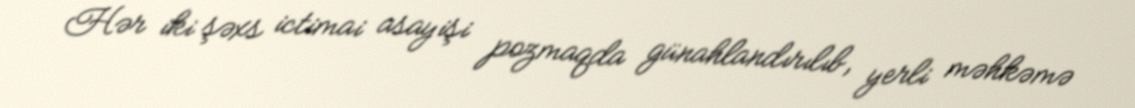
Hər iki şəxs ictimai asayişi pozmaqda günahlandırılıb, yerli məhkəmə